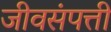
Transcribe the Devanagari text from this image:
जीवसंपत्ती